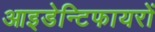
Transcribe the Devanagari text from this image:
आइडेन्टिफायरों